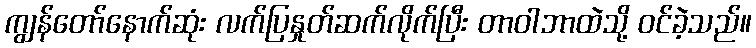
ကျွန်တော်နောက်ဆုံး လက်ပြနှုတ်ဆက်လိုက်ပြီး တာဝါဘာထဲသို့ ဝင်ခဲ့သည်။